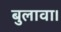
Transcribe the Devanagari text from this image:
बुलावा।